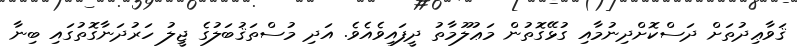
ޤަވާޢިދުތަށް ދަސްކޮށްދިނުމާއި ގުޅޭގޮތުން މަޢުލޫމާތު ދީފައިވެއެވެ. އަދި މުސްތަޤުބަލުގެ ޖީލު ހަރުދަނާގޮތުގައި ބިނާ